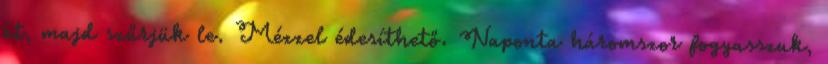
át, majd szűrjük le. Mézzel édesíthető. Naponta háromszor fogyasszuk,